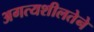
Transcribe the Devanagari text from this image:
अगत्यशीलतेने